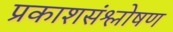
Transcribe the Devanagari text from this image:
प्रकाशसंश्लोषण